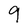
Character: 9